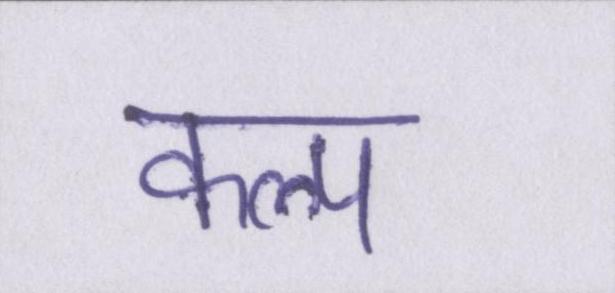
कल्प